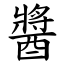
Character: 醬